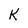
Character: K